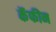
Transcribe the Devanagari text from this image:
कॅफीन